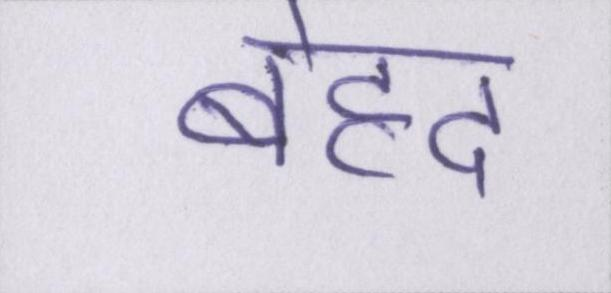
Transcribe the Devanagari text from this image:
बेहद